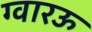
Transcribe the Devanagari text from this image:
ग्वारऊ